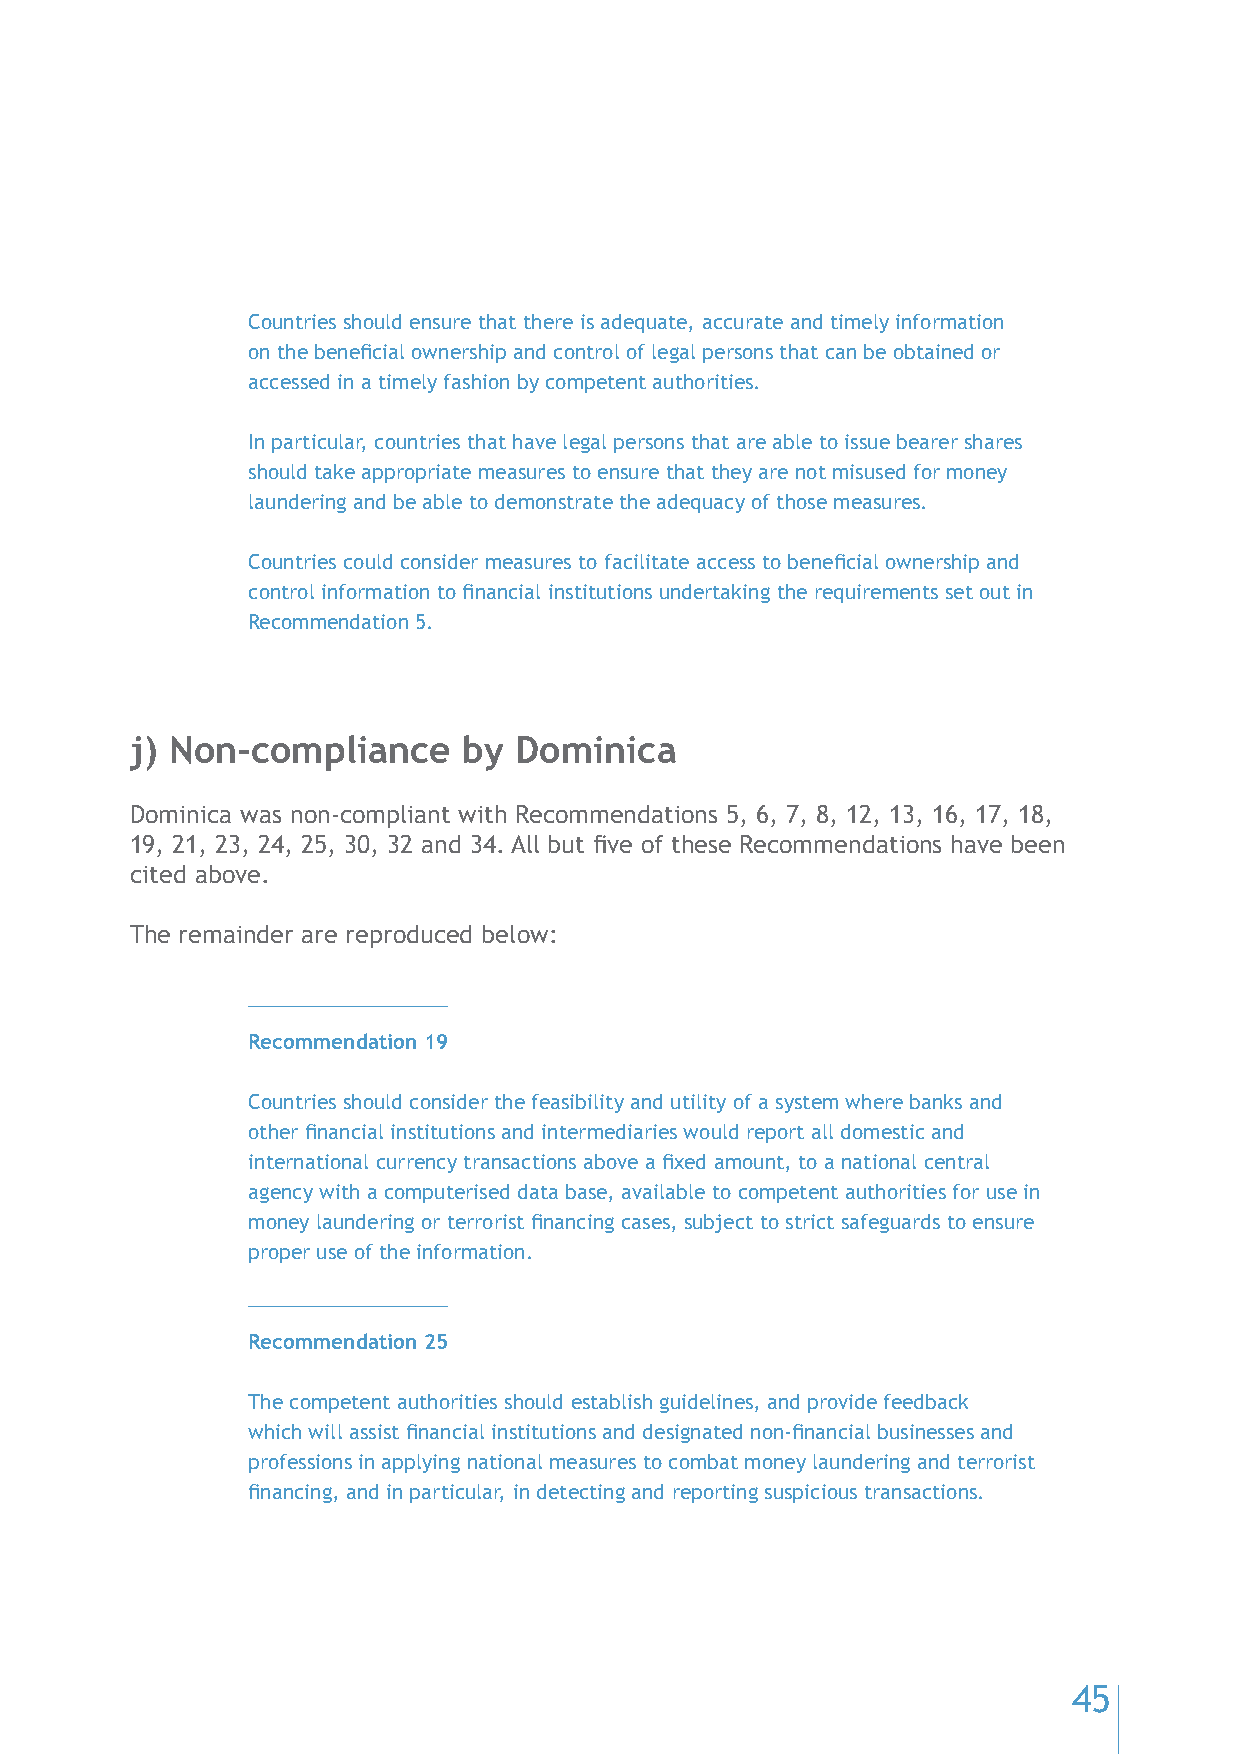
Countries should ensure that there is adequate, accurate and timely information
 on the beneficial ownership and control of legal persons that can be obtained or
 accessed in a timely fashion by competent authorities.
 In particular, countries that have legal persons that are able to issue bearer shares
 should take appropriate measures to ensure that they are not misused for money
 laundering and be able to demonstrate the adequacy of those measures.
 Countries could consider measures to facilitate access to beneficial ownership and
 control information to financial institutions undertaking the requirements set out in
 Recommendation 5.
 j) Non-compliance     by Dominica
 Dominica was non-compliant with Recommendations 5, 6, 7, 8, 12, 13, 16, 17, 18,
 19, 21, 23, 24, 25, 30, 32 and 34. All but five of these Recommendations have been
 cited above.
 The remainder are reproduced below:
 Recommendation 19
 Countries should consider the feasibility and utility of a system where banks and
 other financial institutions and intermediaries would report all domestic and
 international currency transactions above a fixed amount, to a national central
 agency with a computerised data base, available to competent authorities for use in
 money laundering or terrorist financing cases, subject to strict safeguards to ensure
 proper use of the information.
 Recommendation 25
 The competent authorities should establish guidelines, and provide feedback
 which will assist financial institutions and designated non-financial businesses and
 professions in applying national measures to combat money laundering and terrorist
 financing, and in particular, in detecting and reporting suspicious transactions.
 45